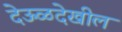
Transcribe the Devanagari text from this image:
देऊळदेखील